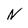
Character: n